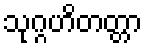
သုဂ္ဂဟိတတ္တာ